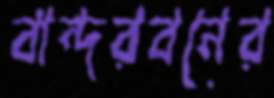
বান্দরবনের